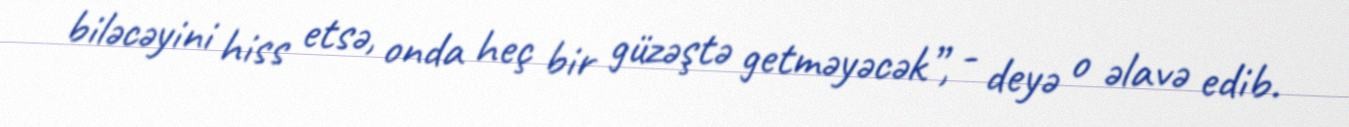
biləcəyini hiss etsə, onda heç bir güzəştə getməyəcək”, - deyə o əlavə edib.